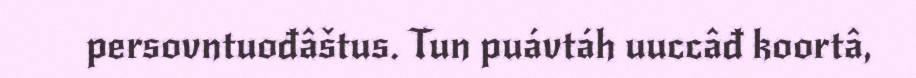
persovntuođâštus. Tun puávtáh uuccâđ koortâ,